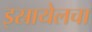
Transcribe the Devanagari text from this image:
इस्रायेलचा